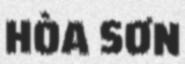
HÒA SƠN